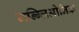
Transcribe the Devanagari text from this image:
गन्ग्लिओनिक